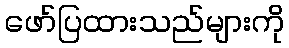
ဖော်ပြထားသည်များကို